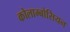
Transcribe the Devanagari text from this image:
कोलाम्बोसियन